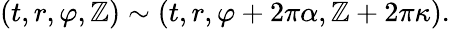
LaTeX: (t,r,\varphi,\mathbb{Z})\sim(t,r,\varphi+2\pi\alpha,\mathbb{Z}+2\pi\kappa).